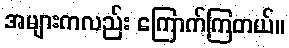
အများကလည်း ကြောက်ကြတယ်။